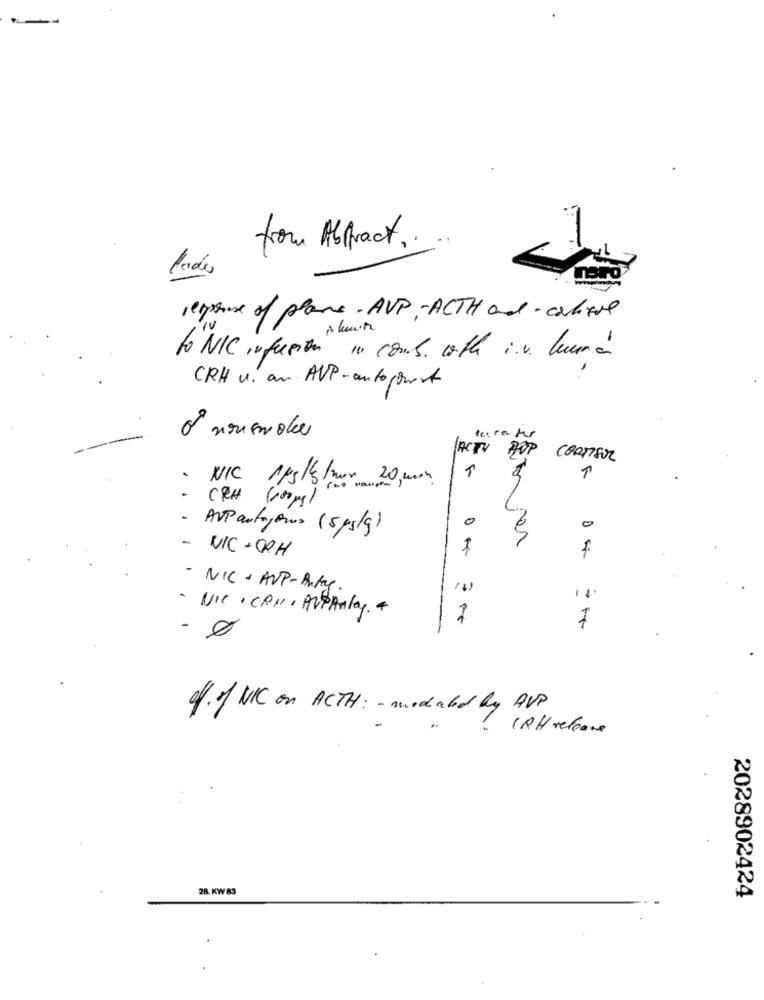
from Abstract ..
response of plans. AVP- ACTH and- calque
to NIC infusion in comb. with i.v. Quem à
CRH u. an AVP-autopowest
00
o nousmake
terra fer
ACTV
CORTISOL
.
NIC 1kg/S/nov 20 mon
CRH
6100g)
0
0
- AVPartyjours (5/s/g)
- NIC+ ORH
- NIC + AVP-Anty.
- NIC. CRM, AVPAnlay. +
1
7
- Ø
0f. of NIC on ACTH : - mediated by AVP
CRH release
28. KW 83
2028902424